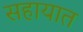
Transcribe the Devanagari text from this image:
सहायात